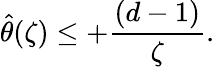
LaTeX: {\hat{\theta}(\zeta)}\leq+{\frac{(d-1)}{\zeta}}.